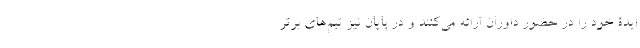
ایدۀ خود را در حضور داوران ارائه می‌کنند و در پایان نیز تیم‌های برتر